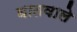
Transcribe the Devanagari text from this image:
घातवाले